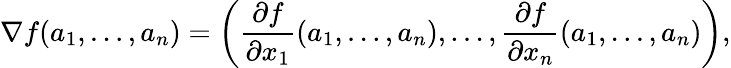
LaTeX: \nabla f(a_{1},\ldots,a_{n})=\left({\frac{\partial f}{\partial x_{1}}}(a_{1},\ldots,a_{n}),\ldots,{\frac{\partial f}{\partial x_{n}}}(a_{1},\ldots,a_{n})\right),